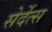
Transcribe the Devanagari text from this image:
सेर्देत्स